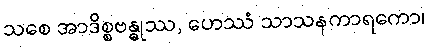
သစေ အာဒိစ္စဗန္ဓုဿ, ဟေဿံ သာသနကာရကော၊